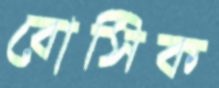
বোসিক